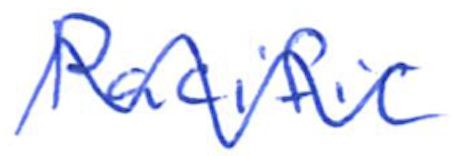
Text: Pacific
Cross-out: wave
Writing tool: ballpoint